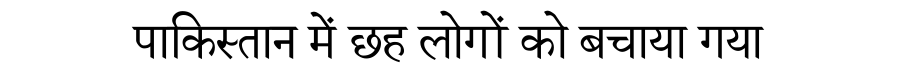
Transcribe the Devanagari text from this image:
पाकिस्तान में छह लोगों को बचाया गया